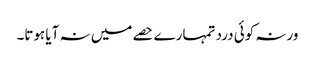
ورنہ کوئی درد تمہارے حصے میں نہ آیا ہوتا۔